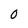
Character: 0